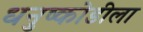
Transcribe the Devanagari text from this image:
धनुष्कोडीला